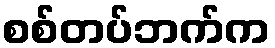
စစ်တပ်ဘက်က